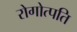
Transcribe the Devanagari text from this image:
रोगोत्पति